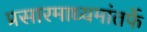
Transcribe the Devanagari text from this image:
प्रसारमाध्यमांतर्फे